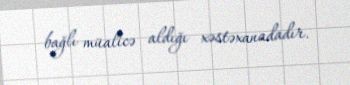
bağlı müalicə aldığı xəstəxanadadır.